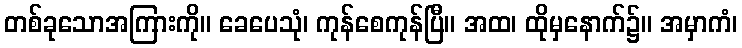
တစ်ခုသောအကြားကို။ ခေပေသုံ၊ ကုန်စေကုန်ပြီ။ အထ၊ ထိုမှနောက်၌။ အမှာကံ၊